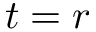
t = r